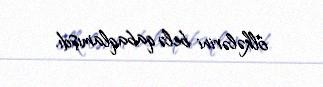
ölkələrini belə qabaqlamışdı.